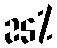
25%